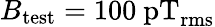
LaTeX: B_{\mathrm{test}}=100~\mathrm{pT_{rms}}